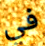
في